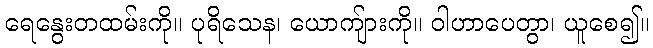
ရေနွေးတထမ်းကို။ ပုရိသေန၊ ယောကျ်ားကို။ ဝါဟာပေတွာ၊ ယူစေ၍။